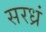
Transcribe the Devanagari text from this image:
सरध्रं